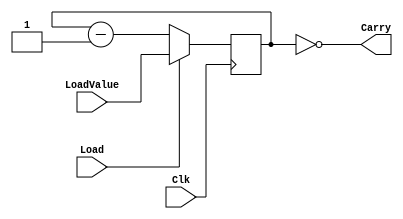
module WaitStateCtr ( 	Load,
								LoadValue,
								Carry,
								Clk
								);
		
input Load;
input [1:0] LoadValue;
output Carry;
input Clk;
reg [1:0] Count;

always @(posedge Clk)
	if (Load)
		Count = LoadValue;
	else
		Count = Count - 2'b1;
		
wire Carry = Count == 2'b0;
endmodule